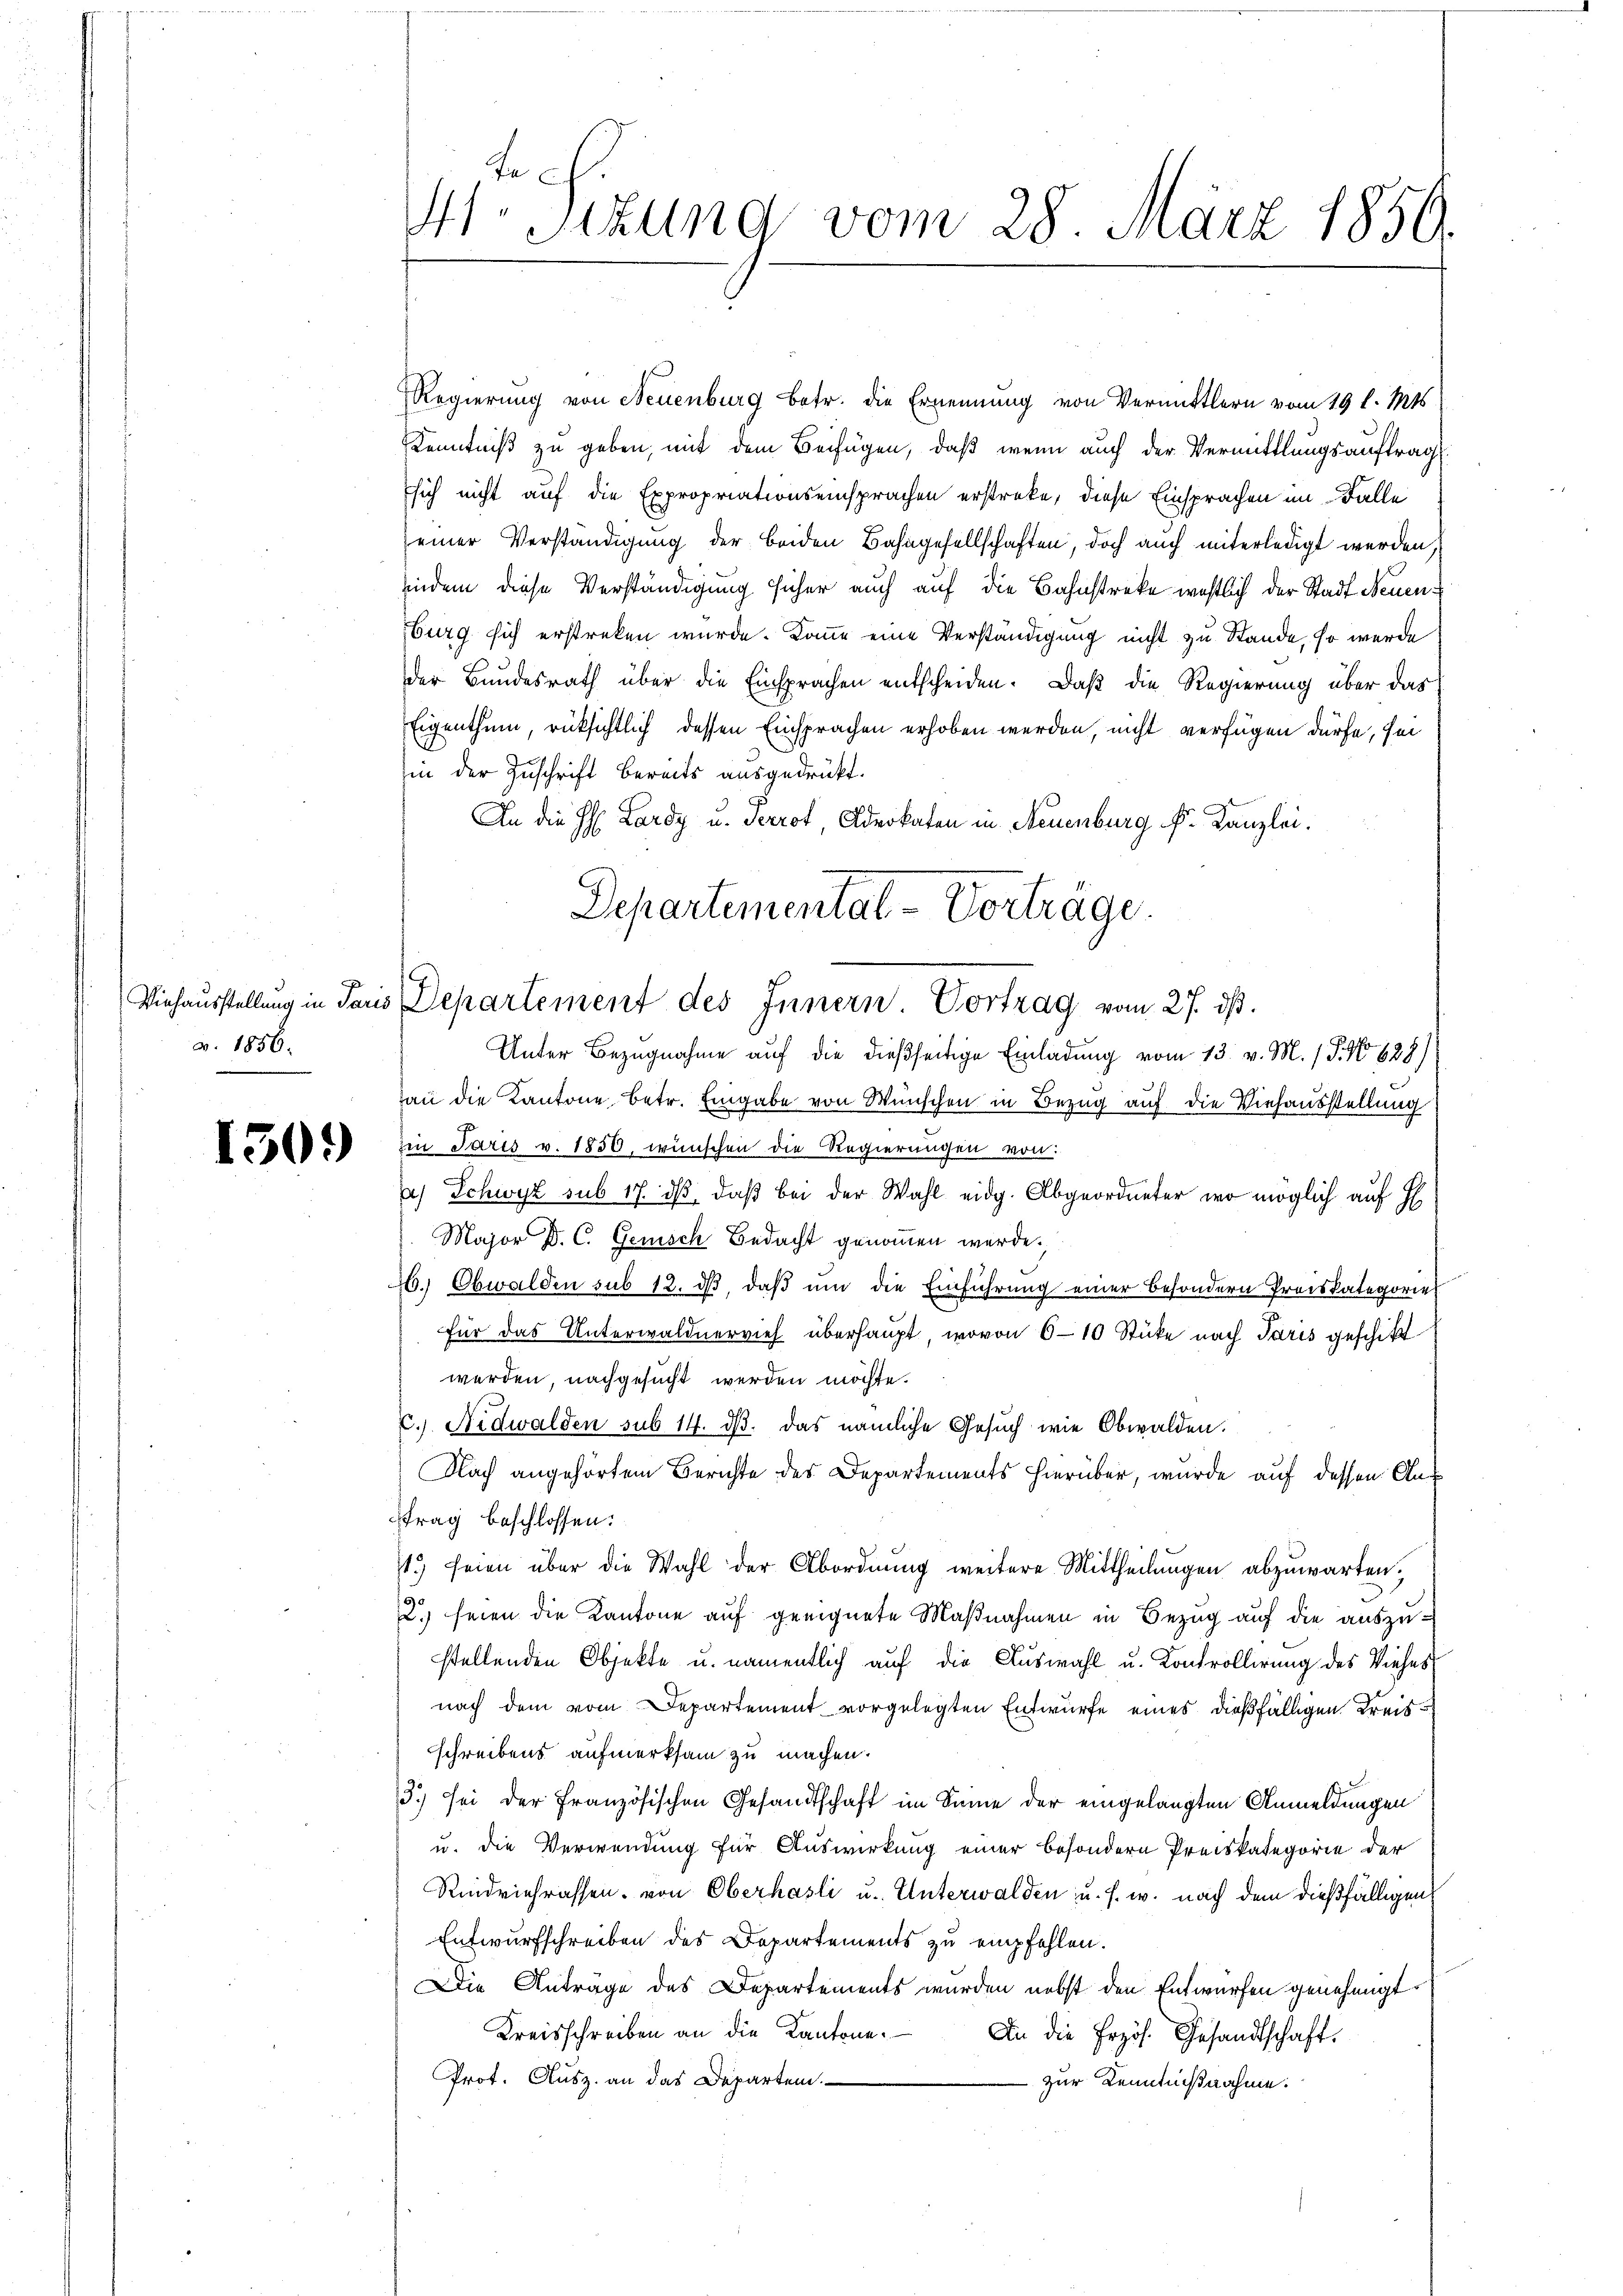
v. 1856.

1309)

4t. Sizung vom 28. März 1850.

Departemental-Vortrage.
Viehausstellung in Paris Departement des Innern. Vortrag vom 27. ds.

Regierung von Neuenburg betr. die Ernennung von Vermittlern vom 19 l. Mts.
Kenntniß zu geben, mit dem Beifügen, daß wenn auch der Vermittlungsauftrag
sich nicht auf die Expropriationseinsprachen erstreke, diese Einsprachen im Falle
einer Verständigung der beiden Bahngesellschaften, doch auch miterledigt werden,
indem diese Verständigung sicher auch auf die Bahnstreke westlich der Stadt Neuenburg sich erstreken wurde. Kanne eine Verständigung nicht zu Stande, so werde
der Bundesrath über die Einsprachen entscheiden. Daß die Regierung über das
Eigenthum, rücksichtlich dessen Einsprachen erhoben werden, nicht verfügen dürfe, sei
in der Zuschrift bereits ausgedrückt.
An die H: Lardy u. Perrot, Advokaten in Neuenburg Fr. Kanzlei.
Unter Bezugnahme auf die dießseitige Einladung vom 13. v. M. 1. No 628)
an die Kantone betr. Eingabe von Wünschen in Bezug auf die Viehausstellung
Ein Paris v. 1850, wünschen die Regierungen von:
) Schwyz sub 17. dβ, daβ bei der Wahl eidg. Abgeordneter wo möglich auf H
Major D. C. Genisch Bedacht genommen werde.
26.) Obwalden sub 12. ds, daß um die Einführung einer besondern Preiskategoriet
für das Unterwaldnervieh überhaupt, wovon 6-10 Stücke nach Paris geschikt
werden nachgesucht werden möchte.
c. Nidwalden sub 14. ds. das nämliche Gesuch wie Obwalden.
Nach angehörtem Berichte des Departements hierüber, wurde auf dessen Aar
trag beschlossen:
1.) seien über die Wahl der Abordnung weitere Mittheilungen abzuwarten,
2.) seien die Kantone auf geeignete Maßnahmen in Bezug auf die auszustellenden Objekte u. namentlich auf die Auswahl u. Kontrollirung des Viehes
nach dem vom Departement vorgelegten Entwurfe eines dießfälligen Kreisschreibens aufmerksam zu machen.
3.) sei der Französischen Gesandtschaft im Sinne der eingelangten Anmeldungen
u. die Verwendung für Auswirkung einer besondern Preiskategorie der
Rindviehrassen. von Oberhasli u. Unterwalden, u. s. w. nach dem dießfälligen
Entwurfschreiben des Departements zu empfehlen.
Die Anträge des Departements wurden nebst den Entwürfen genehmigt
Kreisschreiben an die Kantone.
An die Erzös. Gesandtschaft.
Prot. Ausz. an das Departen.
- zur Kenntnißnahme.